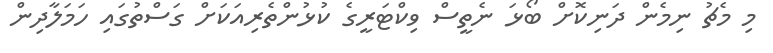
މި މެޗު ނިމެން ދަނިކޮށް ބޯޅަ ނެތީސް ވިކްޓަރީގެ ކުޅުންތެރިއަކަށް ގަސްތުގައި ހަމަލާދިން